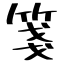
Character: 箋